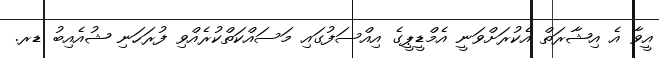
އީވާ އެ އިޝާރަތް އެކުރަށްވަނީ އެމްޑީޕީގެ އިއްސަފުގައި މަސައްކަތްކުރެއްވި ފުރަހަނި ޝުއެއިބު ޑރ.